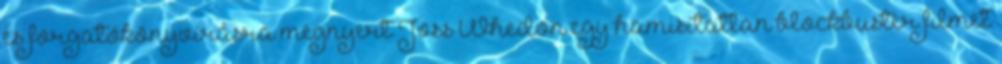
és forgatókönyvírásra megnyert Joss Whedon egy hamisítatlan blockbuster filmet